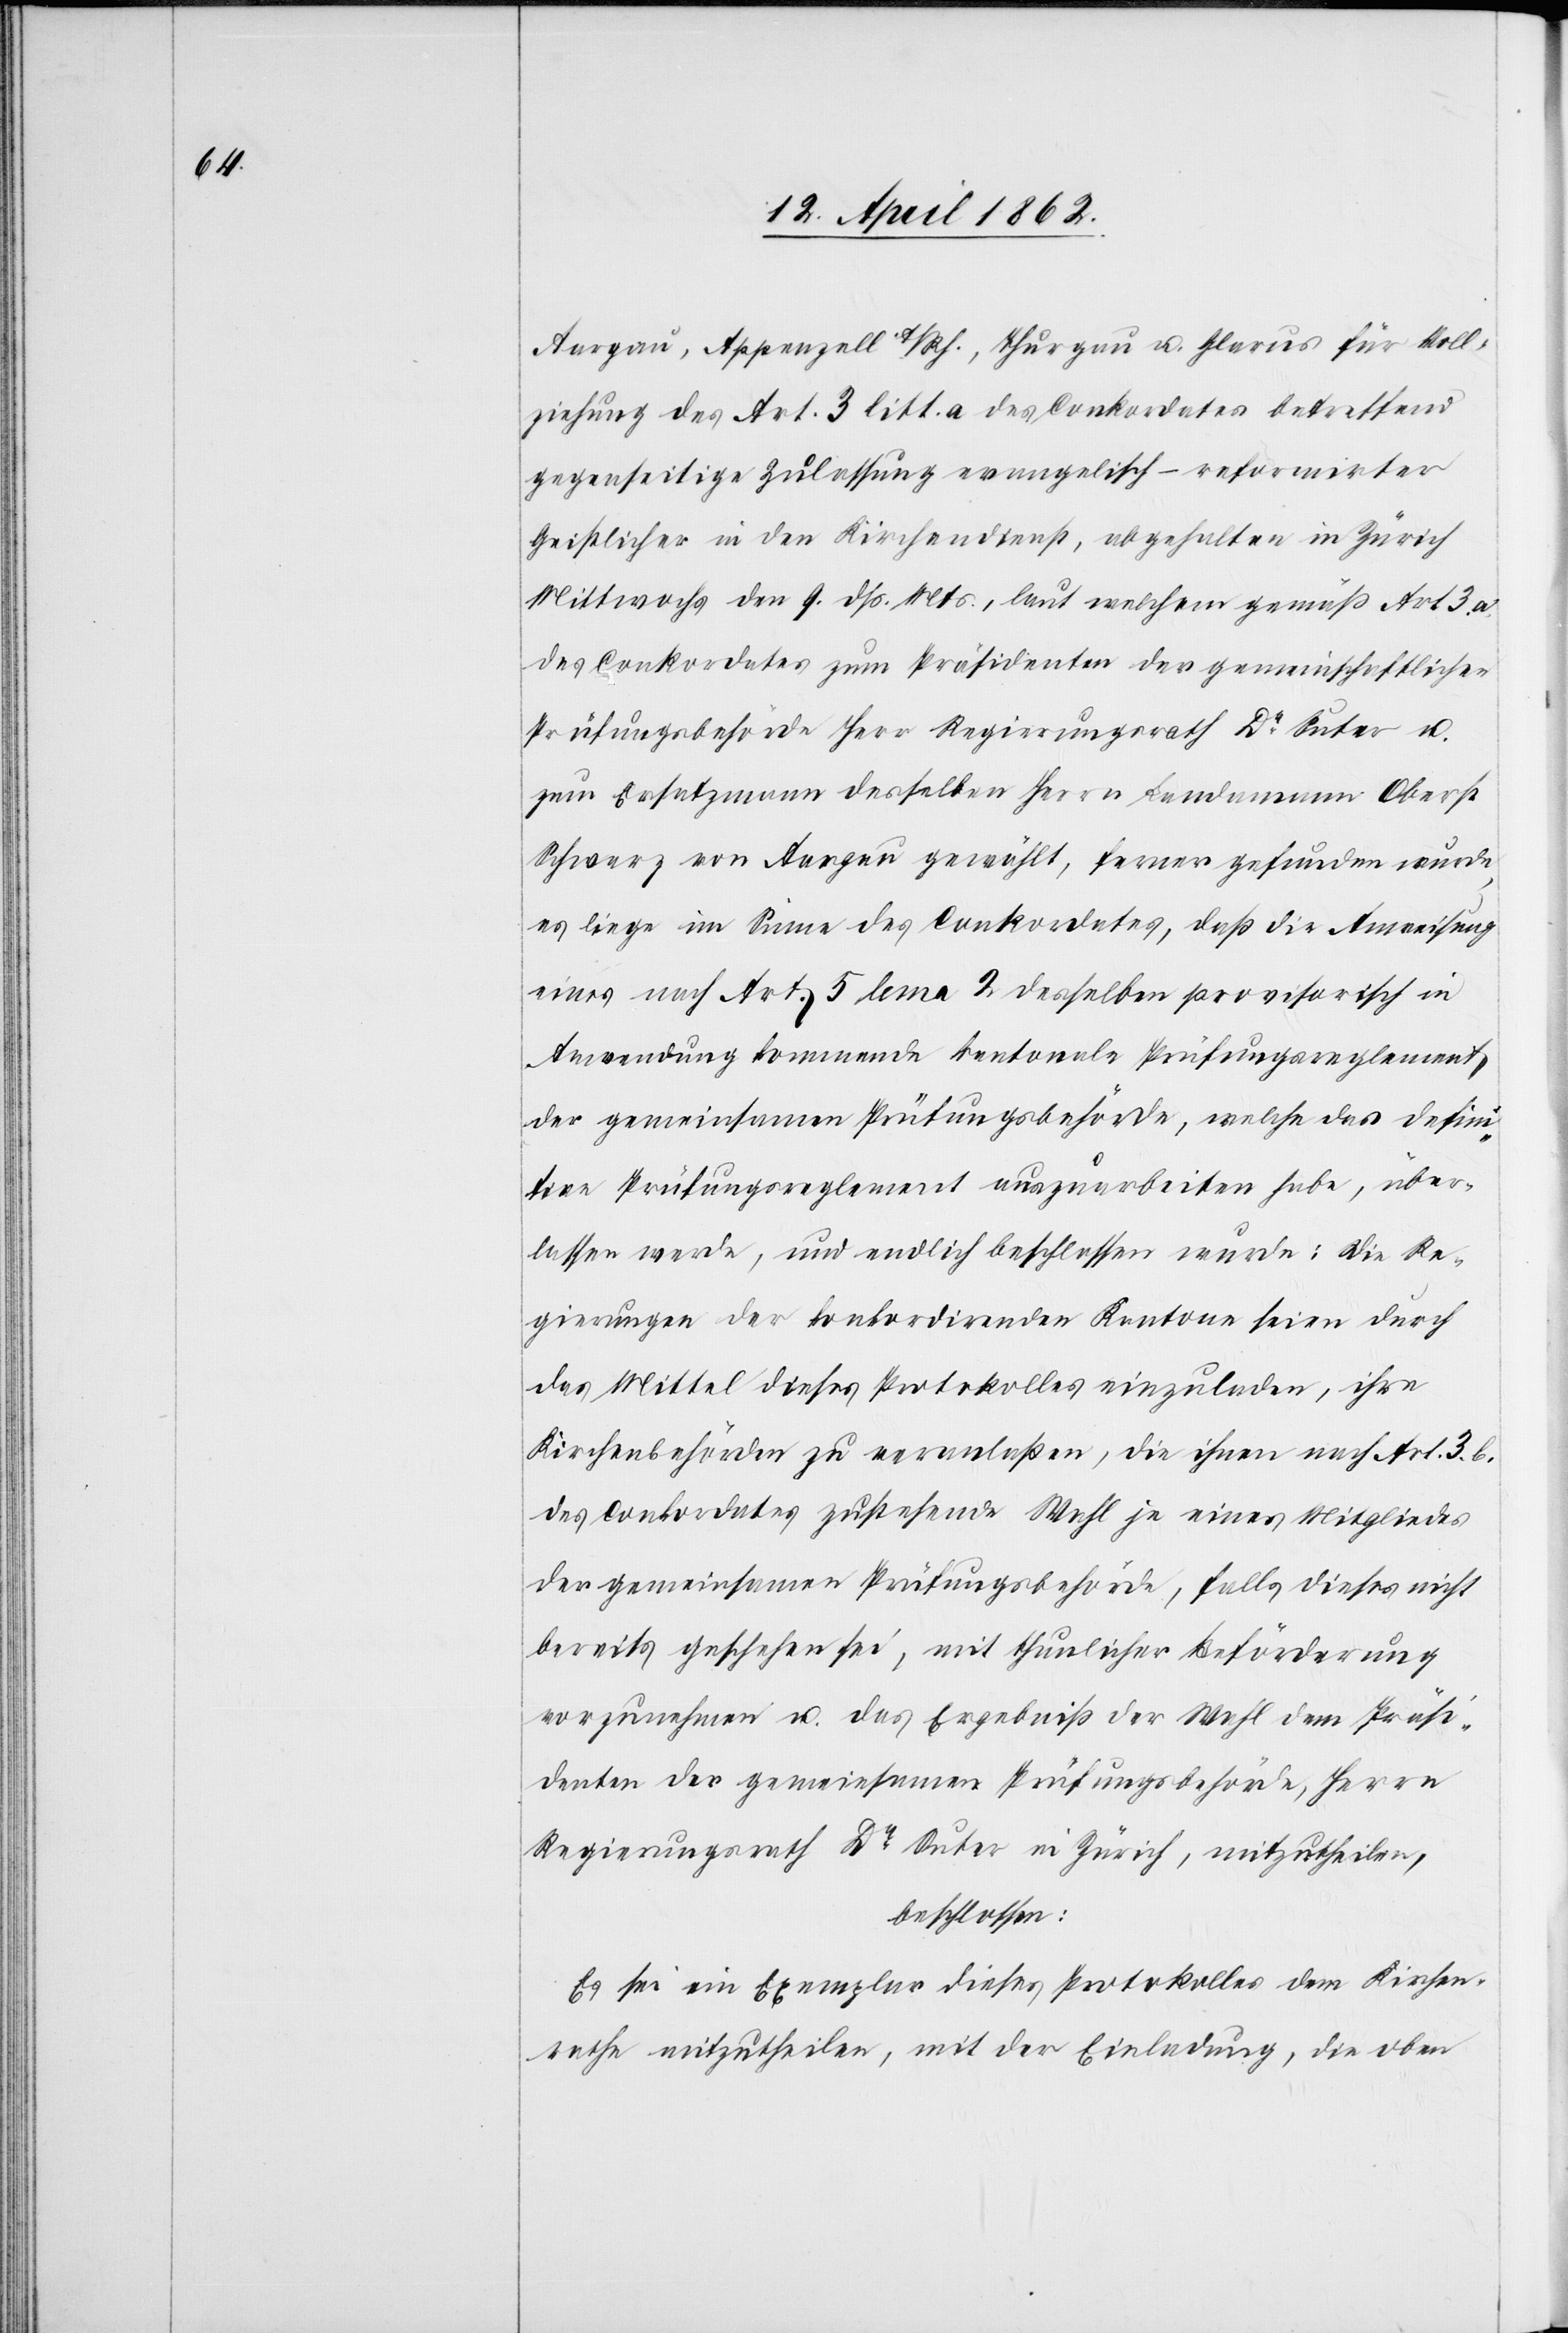
Aargau, Appenzell A/Rh. Thurgau, u. Glarus für Voll¬
ziehung des Art. 3 litt. a des Conkordates betreffend
gegenseitige Zulassung evangelisch-reformirter
Geistlicher in den Kirchendienst, abgehalten in Zürich
Mittwochs den 9. dß. Mts., laut welchem gemäß Art. 3. a.
des Conkordates zum Präsidenten der gemeinschaftlichen
Prüfungsbehörde Herr Regierungsrath Dr. Suter u.
zum Ersatzmann desselben Herrn Landammann Oberst
Schwarz von Aargau gewählt, ferner gefunden wurde,
es liege im Sinne des Conkordates, daß die Anweisung
eines nach Art. 4 lema 2 desselben provisorisch in
Anwendung kommende kantonale Prüfungsreglement
der gemeinsamen Prüfungsbehörde, welche das defini¬
tive Prüfungsreglement auszuarbeiten habe, über¬
lassen werde, und endlich beschlossen wurde: die Re¬
gierungen der konkordirenden Kantone seien durch
das Mittel dieses Protokolles einzuladen, ihre
Kirchenbehörden zu veranlaßen, die ihnen nach Art. 3. b.
des Conkordates zustehende Wahl je eines Mitgliedes
der gemeinsamen Prüfungsbehörde, falls dieses nicht
bereits geschehen sei, mit thunlicher Beförderung
vorzunehmen u. das Ergebniß der Wahl dem Präsi¬
denten der gemeinsamen Prüfungsbehörde, Herrn
Regierungsrath Dr. Suter in Zürich, mitzutheilen,
beschlossen:
Es sei ein Exemplar dieses Protokolles dem Kirchen¬
rathe mitzutheilen, mit der Einladung, die oben